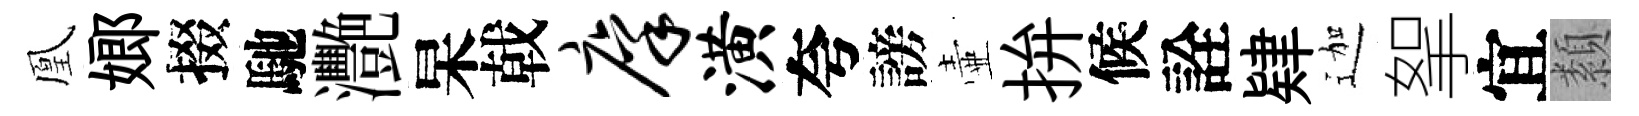
凰嫏掇馳灧杲戟廪潢夸謗壷拚候詮肄迦挐宜纇